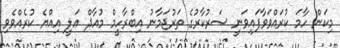
މިކަން ހާމަ ކުރައްވަވާފައިވަނީ ސަރުކާރުގެ ތަރުޖަމާނު އިބްރާހީމް މުއާޛް ޢަލީ އިއްޔެ ކުރެއްވެވި